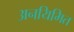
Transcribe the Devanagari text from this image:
अनयिमित